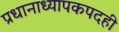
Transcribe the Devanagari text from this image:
प्रधानाध्यापकपदही